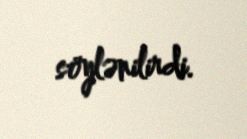
söylənilirdi.